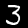
Label: 3